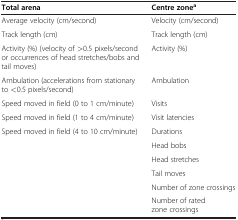
| Total arena | Centre zonea |
 | --- | --- |
 | Average velocity (cm/second) | Velocity (cm/second) |
 | Track length (cm) | Track length (cm) |
 | Activity (%) (velocity of >0.5 pixels/second or occurrences of head stretches/bobs and tail moves) | Activity (%) |
 | Ambulation (accelerations from stationary to <0.5 pixels/second) | Ambulation |
 | Speed moved in field (0 to 1 cm/minute) | Visits |
 | Speed moved in field (1 to 4 cm/minute) | Visit latencies |
 | Speed moved in field (4 to 10 cm/minute) | Durations |
 |  | Head bobs |
 |  | Head stretches |
 |  | Tail moves |
 |  | Number of zone crossings |
 |  | Number of rated zone crossings |